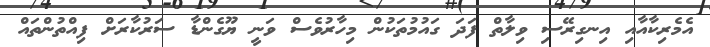
އެމެރިކާއާއި އިނގިރޭސި ވިލާތް ފަދަ ގައުމުތަކުން މިހާރުވެސް ވަނީ ޔޫގެންޑާ ސަރުކާރަށް ފިއްތުންތައް